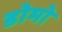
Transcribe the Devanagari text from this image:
डोमो